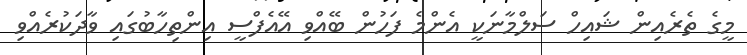
މީގެ ތެރެއިން ޝައިހް ސަލްމާނަކީ އެންމެ ފަހުން ބޭއްވި އޭއެފްސީ އިންތިހާބުގައި ވާދަކުރެއްވި